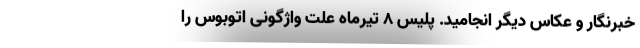
خبرنگار و عکاس دیگر انجامید. پلیس ۸ تیرماه علت واژگونی اتوبوس را